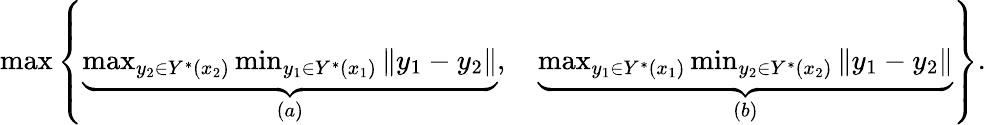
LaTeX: \begin{array}{r}{\operatorname*{max}\left\{ \underbrace{\operatorname*{max}_{y_{2}\in Y^{*}(x_{2})}\operatorname*{min}_{y_{1}\in Y^{*}(x_{1})}\Vert y_{1}-y_{2}\Vert}_{(a)},\quad\underbrace{\operatorname*{max}_{y_{1}\in Y^{*}(x_{1})}\operatorname*{min}_{y_{2}\in Y^{*}(x_{2})}\Vert y_{1}-y_{2}\Vert}_{(b)}\right\} .}\end{array}